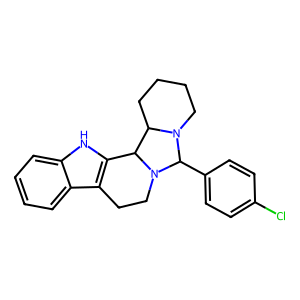
SMILES: Clc1ccc(C2N3CCCCC3C3c4[nH]c5ccccc5c4CCN32)cc1
Inhibits HIV replication: No